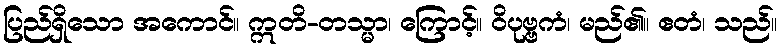
ပြည်ရှိသော အကောင်။ ဣတိ-တသ္မာ၊ ကြောင့်။ ဝိပုဗ္ဗကံ၊ မည်၏။ ဧတံ၊ သည်။